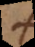
s